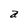
Character: a